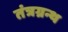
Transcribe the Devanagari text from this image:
तंत्रग्रन्थ